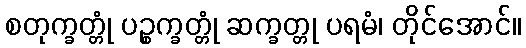
စတုက္ခတ္တုံ ပဉ္စက္ခတ္တုံ ဆက္ခတ္တု ပရမံ၊ တိုင်အောင်။